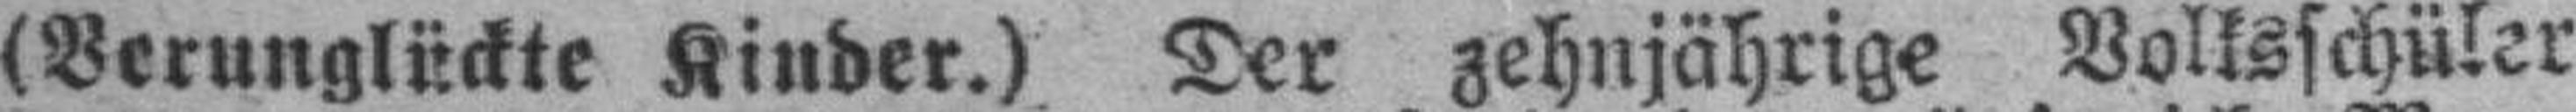
(Verunglückte Kinder.) Der zehnjährige Volksschüler